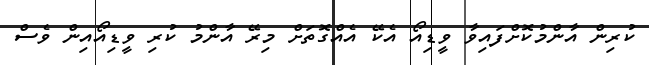
ކުރިން އާންމުކޮށްފައިވާ ވީޑިއޯ އެކޭ އެއްގޮތަށް މިރޭ އާންމު ކުރި ވީޑިއޯއިން ވެސް